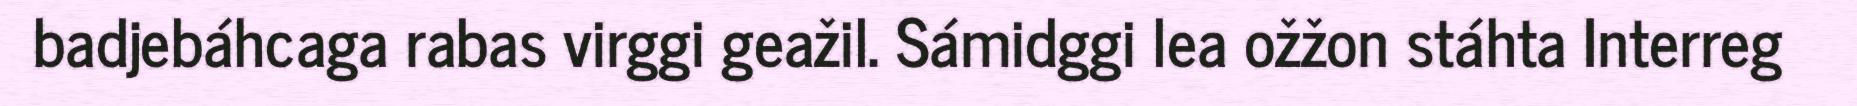
badjebáhcaga rabas virggi geažil. Sámidggi lea ožžon stáhta Interreg